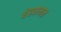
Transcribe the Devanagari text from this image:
धेखाभाल